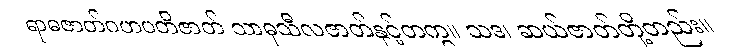
ရာဓဇာတ်ဂဟပတိဇာတ် သာဓုသီလဇာတ်နှင့်တကွ။ သဒ၊ ဆယ်ဇာတ်တို့တည်း။